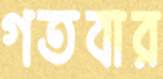
গতবার